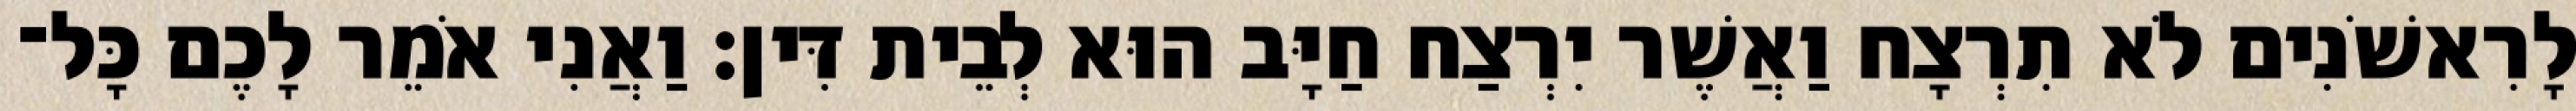
לָרִאשֹׁנִים לֹא תִרְצָח וַאֲשֶׁר יִרְצַח חַיָּב הוּא לְבֵית דִּין׃ וַאֲנִי אֹמֵר לָכֶם כָּל־